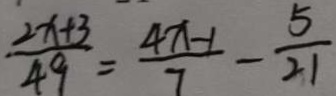
\frac { 2 x + 3 } { 4 9 } = \frac { 4 x - 1 } { 7 } - \frac { 5 } { 2 1 }